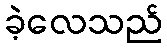
ခဲ့လေသည်